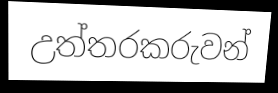
උත්තරකරුවන්